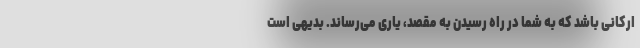
ارکانی باشد که به شما در راه رسیدن به مقصد، یاری می‌رساند. بدیهی است